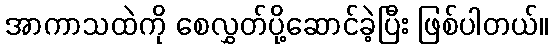
အာကာသထဲကို စေလွှတ်ပို့ဆောင်ခဲ့ပြီး ဖြစ်ပါတယ်။